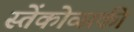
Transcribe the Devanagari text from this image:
स्तेंकोव्सकी